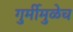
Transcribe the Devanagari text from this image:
गुर्मीमुळेच